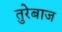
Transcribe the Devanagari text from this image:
तुरेबाज